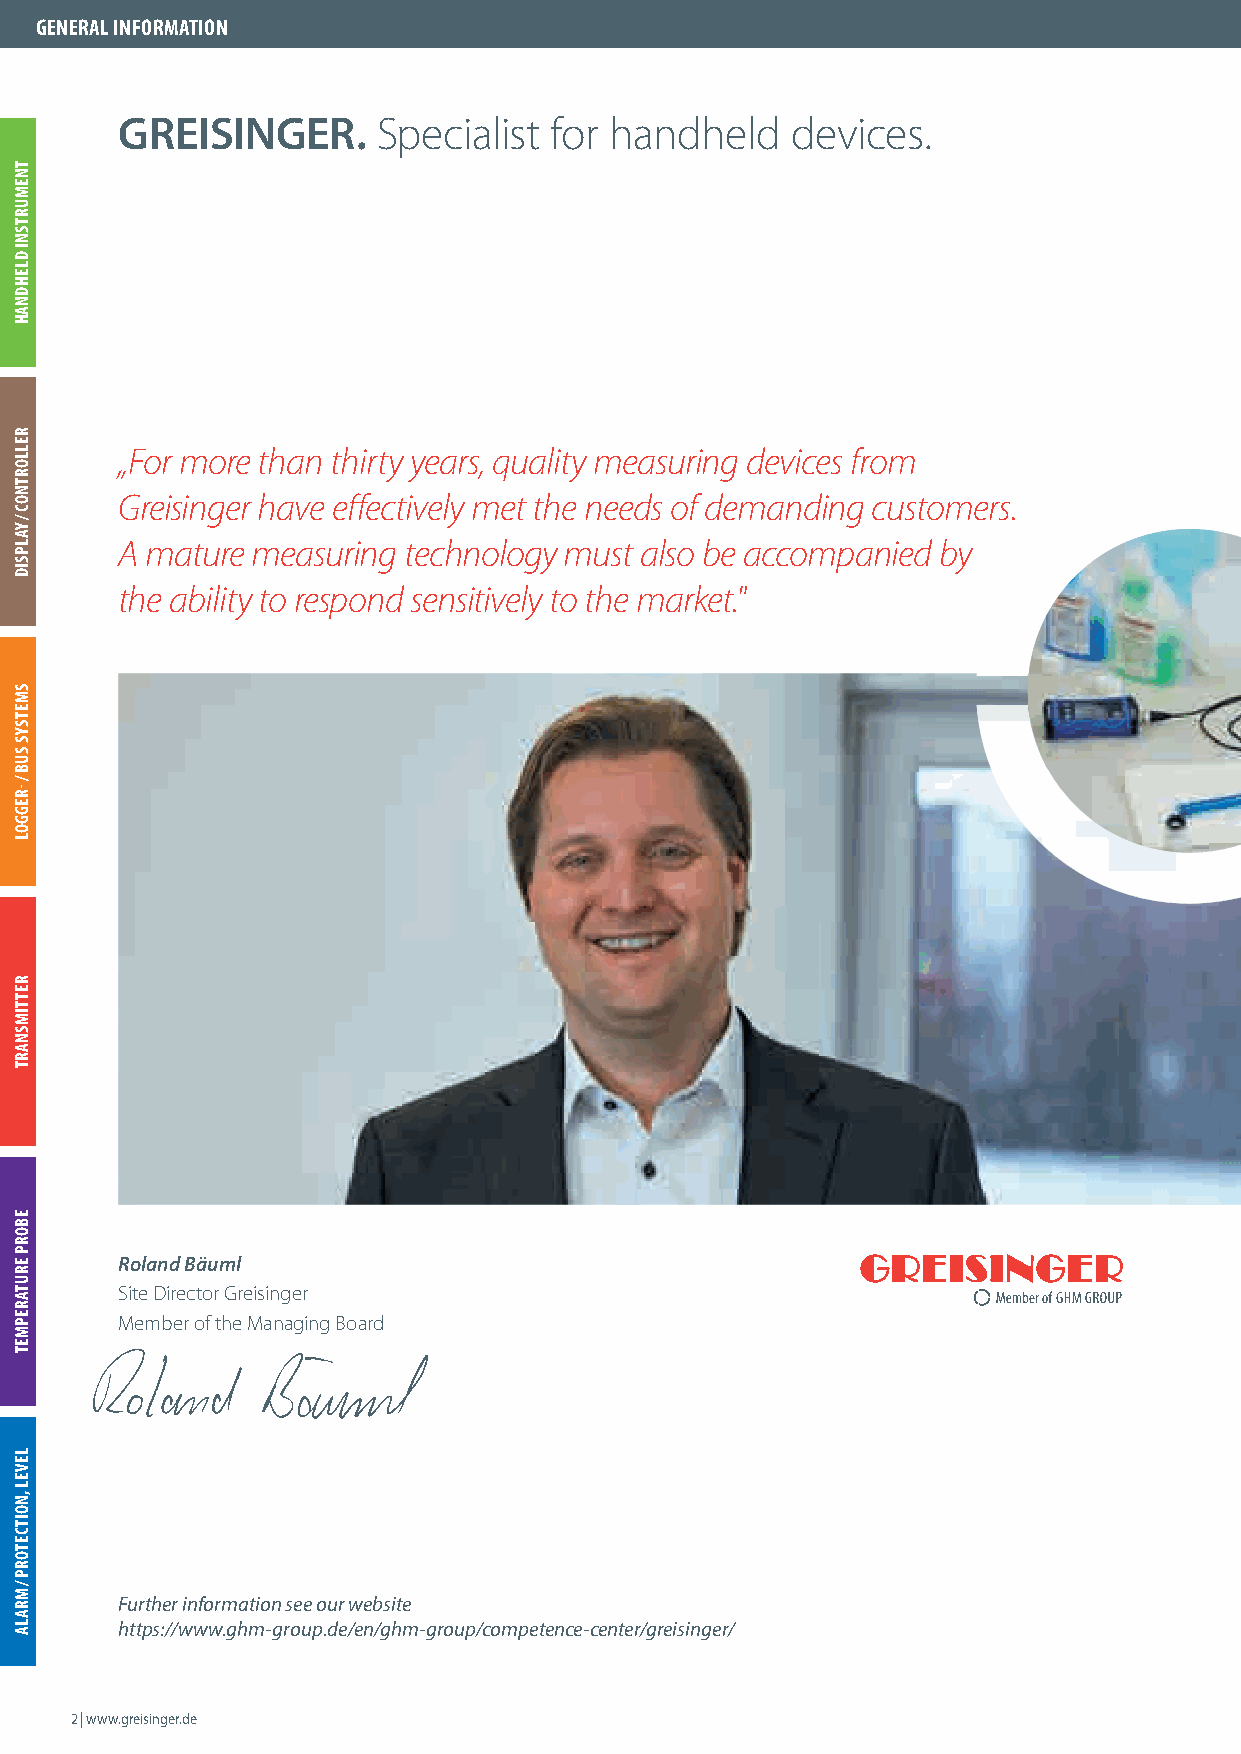
GENERAL INFORMATION
 GREISINGER.      Specialist for handheld    devices.
 „For more than thirty years, quality measuring devices from
 Greisinger have eff ectively met the needs of demanding customers.
 A mature measuring technology must also be accompanied by
 the ability to respond sensitively to the market."
 Roland Bäuml
 Site Director Greisinger
 Member of the Managing Board
 Further information see our website
 https://www.ghm-group.de/en/ghm-group/competence-center/greisinger/
 2 | www.greisinger.de
 TNEMURTSNI
 DLEHDNAH
 RELLORTNOC
 /
 YALPSID
 SMETSYS
 SUB
 /
 -REGGOL
 RETTIMSNART
 EBORP
 ERUTAREPMET
 LEVEL
 ,NOITCETORP
 /
 MRALA